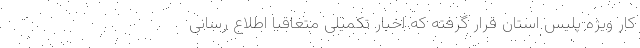
کار ویژه پلیس استان قرار گرفته که اخبار تکمیلی متعاقبا اطلاع رسانی